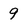
Character: 9